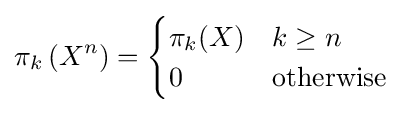
\pi _{k}\left(X^{n}\right)={\begin{cases}\pi _{k}(X)&k\geq n\\0&{\text{otherwise}}\end{cases}}